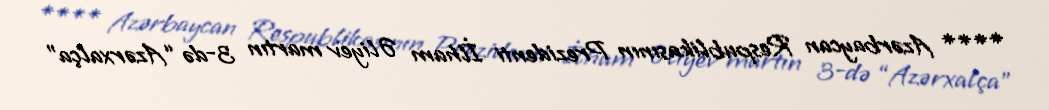
**** Azərbaycan Respublikasının Prezidenti İlham Əliyev martın 3-də “Azərxalça”